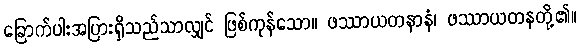
ခြောက်ပါးအပြားရှိသည်သာလျှင် ဖြစ်ကုန်သော။ ဖဿာယတနာနံ၊ ဖဿာယတနတို့၏။